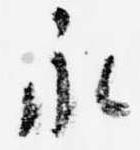
永